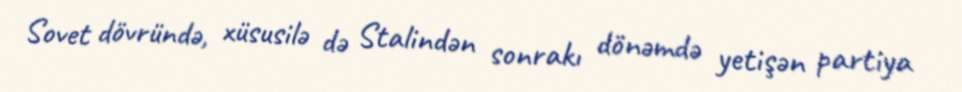
Sovet dövründə, xüsusilə də Stalindən sonrakı dönəmdə yetişən partiya